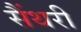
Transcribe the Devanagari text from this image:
सैंथरी